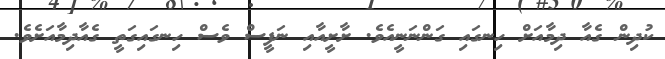
ކުދިން ގެއާ ދިމާއަށް ހިނގައި ގަންނަނީއެވެ. ށާށީއާއި ނަފީސް ވެސް ހިނގައިގަތީ ގެއާދިމާއަށެވެ.